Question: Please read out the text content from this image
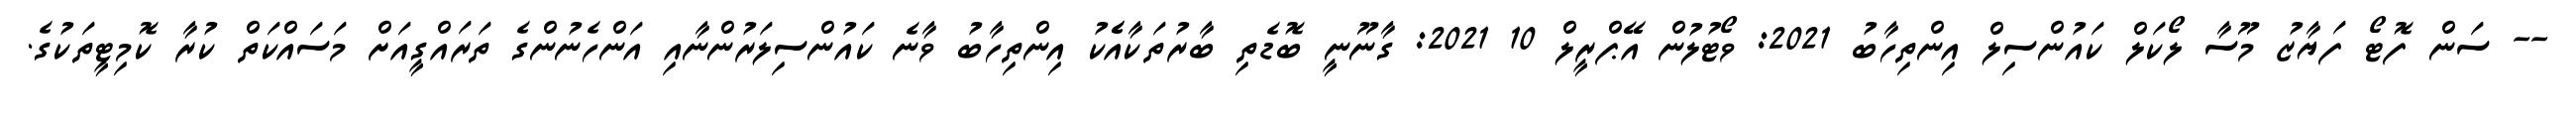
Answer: -- ސަން ފޮޓޯ ފަޔާޒު މޫސާ ލޯކަލް ކައުންސިލް އިންތިހާބު 2021: ވޯޓުލުން އޭޕްރީލް 10 2021: ގާނޫނީ ބޮޑެތި ބާރުތަކާއެެކު އިންތިހާބު ވާނެ ކައުންސިލަރުންނާއި އަންހެނުންގެ ތަރައްގީއަށް މަސައްކަތް ކުރާ ކޮމިޓީތަކުގެ.